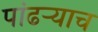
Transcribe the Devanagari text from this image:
पांढऱ्याच